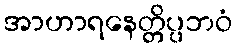
အာဟာရနေတ္တိပ္ပဘဝံ